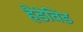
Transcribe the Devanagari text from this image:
हैडेविड